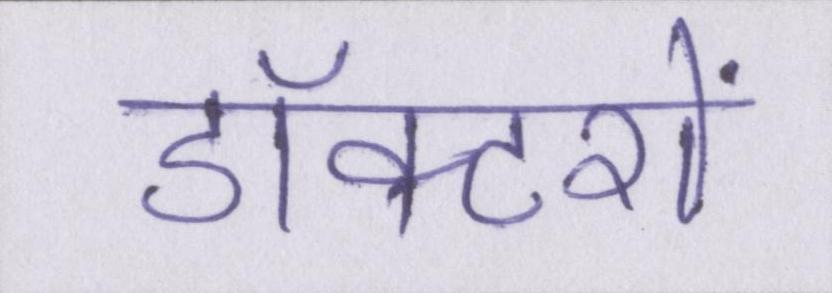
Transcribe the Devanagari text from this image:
डॉक्टरों